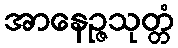
အာနေဉ္ဇသုတ္တံ